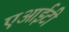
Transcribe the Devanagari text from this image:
एआईटी